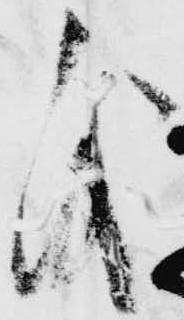
儀